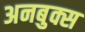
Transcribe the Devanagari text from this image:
अनबुक्स